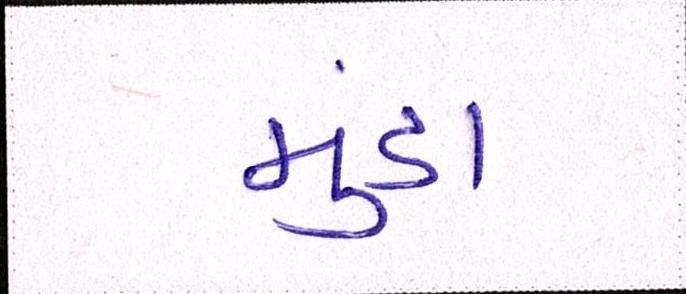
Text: મુંડા